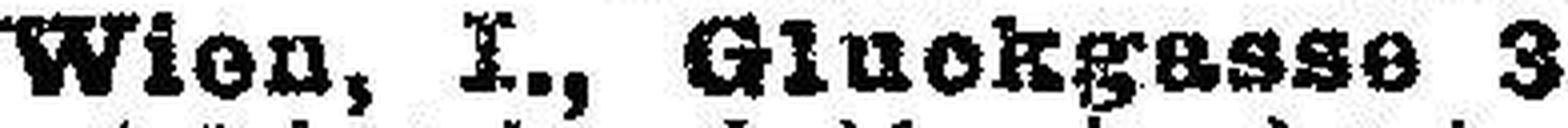
Wien, I., Gluckgasse 3